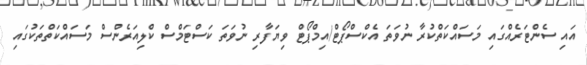
އައި ސެންޓަރެއްގައި މަސައްކަތްކުރާ ނުވަތަ އެކްސްޕޯޓް/އިމްޕޯޓް ވިޔަފާރި ނުވަތަ ކަސްޓަމްސް ކްލިއަރެންސް މަސައްކަތްތަކުގައި